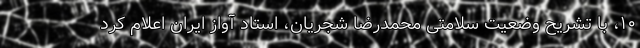
۱۰، با تشریح وضعیت سلامتی محمدرضا شجریان، استاد آواز ایران اعلام کرد